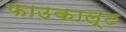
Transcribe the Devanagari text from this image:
फाउकाल्ट